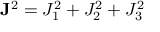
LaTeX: { \bf J } ^ { 2 } = J _ { 1 } ^ { 2 } + J _ { 2 } ^ { 2 } + J _ { 3 } ^ { 2 }